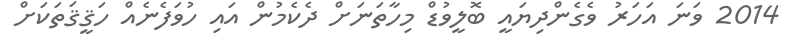
2014 ވަނަ އަހަރު ވެގެންދިޔައީ ބޮލީވުޑް މިހާތަނަށް ދެކެމުން އައި ހުވަފެނެއް ހަޤީޤަތަކަށް